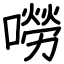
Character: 嘮